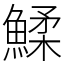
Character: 鰇